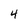
Character: 4